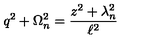
q ^ { 2 } + \Omega _ { n } ^ { 2 } = \frac { z ^ { 2 } + \lambda _ { n } ^ { 2 } } { \ell ^ { 2 } }